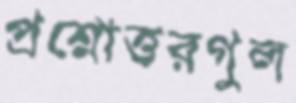
প্রশ্নোত্তরগুল